Civil Veterinary Department. Madras. Admin. report 1926-33 - 1926-1933
Year: 1926
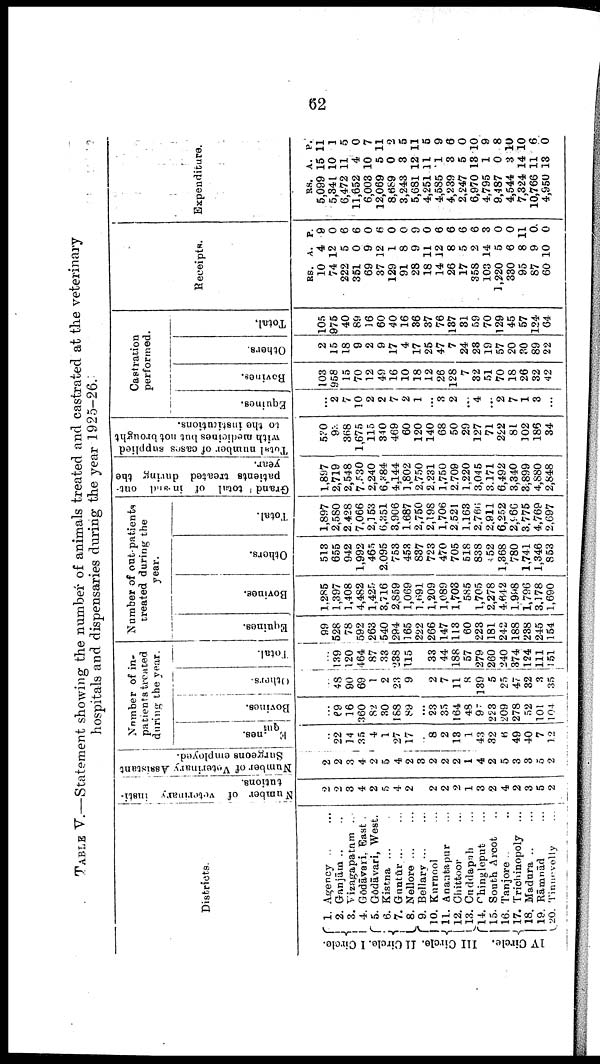
62
TABLE V.—Statement showing the number of animals treated and castrated at the veterinary
hospitals and dispensaries during the year 1925-26.
Districts.
I Circle.
II Circle.
III Circle.
IV Circle.
1. Agency
..
...
2. Ganjām .. ..
3. Vizagapatam ...
4. Godāvari, East .
5. Gōdāvari, West.
6. Kistna ...
7. Guntūr ... ...
8. Nellore ... ...
9. Bellary ... ...
10. Kurnool ...
11. Anantapur ...
12. Chittoor ...
13. Chddapah ...
14. Chingleput ...
15. South Arcot ..
16. Tanjore .. ..
17. Trichinopoly ...
18. Madura
..
...
19. Rāmnād ...
20. Tinnevelly ...
Number of veterinary insti
tutions.
2
2
8
4
2
5
4
2
...
2
2
2
1
3
2
4
2
3
5
2
Number of Veterinary Assistant
Surgeons employed.
2
2
3
4
2
5
4
2
8
2
2
2
1
4
2
5
3
8
5
2
Number of in
patients treated
during the year.
Equines.
...
22
14
35
4
1
27
17
...
8
2
18
1
43
82
6
49
40
7
12
Bovines.
...
69
16
360
82
80
188
89
...
23
35
164
48
97
223
209
278
52
101
104
Others.
...
48
90
69
1
2
23
9
...
2
7
11
8
189
5
25
47
82
8
35
Total.
...
139
120
464
87
38
288
115
...
33
44
188
57
279
260
240
874
124
111
151
Number of outpatients
treated during the
year.
Equines.
99
628
78
592
268
540
294
165
222
266
147
118
60
228
181
242
188
288
245
154
Bovines.
1,286
1,397
1,408
4,482
1,425
8,716
2,859
1,069
1,691
1,209
1,089
1,708
585
1,705
2,278
4.642
1,998
1,796
8,178
1,690
Others.
518
656
942
1,992
465
2.096
758
458
887
728
470
705
518
838
452
1,868
780
1,741
1,346
863
Total.
1,897
2,580
2.428
7,066
2,163
6,351
8,906
1.687
2,760
2,198
1,706
2.521
1.168
2,766
2.911
6,252
2,966
8,775
4,769
2,697
Grand total of in and out
patients treated during the
year.
1,897
2,719
2,548
7,530
2,240
6,884
4,144
1,802
2,750
2.231
1,750
2.709
1,220
3,045
8,171
6,492
8,840
8,899
4,880
2,848
Total
number of oases supplied
with medicines but not brought
to the institutions.
580
94
868
1,675
115
840
469
60
120
140
68
60
29
127
71
222
81
102
186
84
Castration
performed.
Equines.
...
2
7
10
2
2
7
2
1
...
8
2
...
4
...
2
7
1
8
...
Ravines.
103
958
16
70
12
49
16
10
18
12
26
128
7
82
51
70
18
26
32
42
Others.
2
15
18
9
2
9
17
4
17
26
47
7
24
28
19
57
20
80
89
22
Total.
105
975
40
89
16
60
40
16
86
87
76
187
81
59
70
129
46
57
124
04
Receipts.
Rs.
10
74
222
861
69
87
129
91
28
18
14
26
17
368
103
1,220
880
95
87
60
A.
4
12
5
0
9
12
1
8
9
11
12
8
5
2
14
6
6
8
9
10
P.
9
0
6
6
0
6
0
0
9
0
6
6
6
6
8
0
0
11
0
0
Expenditure.
Rs.
5,099
5,841
6,472
11,662
6,008
12,069
8,689
3,243
5,681
4,251
4,586
4,289
2,247
6.970
4,795
9,487
4,544
7,824
10,766
4,960
A.
15
10
11
4
10
6
0
8
12
11
1
8
6
18
1
0
8
14
11
18
P.
11
1
5
0
7
11
2
6
11
5
9
6
0
10
9
8
10
10
6
0